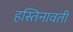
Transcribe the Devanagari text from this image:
हस्तिनावती